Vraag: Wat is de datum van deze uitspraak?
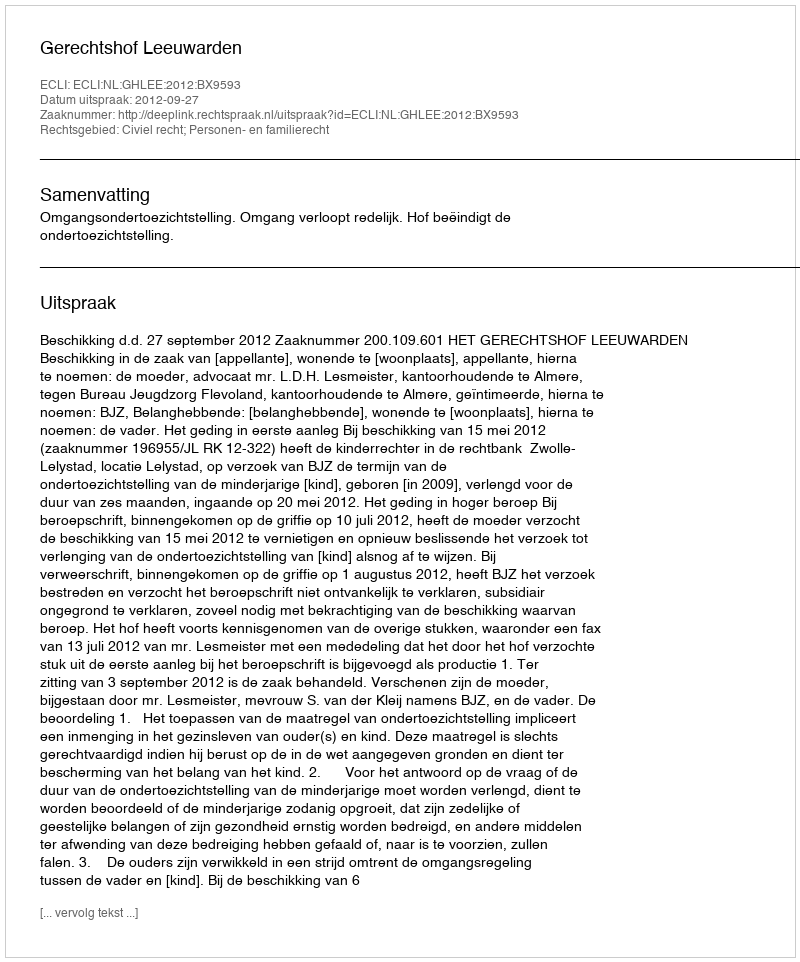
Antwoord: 2012-09-27